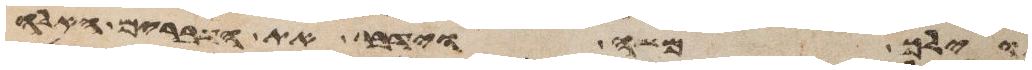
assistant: וילך משה וידבר את הדברים האלה